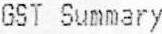
GST SUMMARY